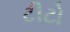
ટીટો